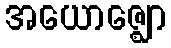
အယောဇ္ဈော